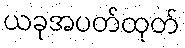
ယခုအပတ်ထုတ်